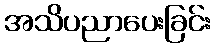
အသိပညာပေးခြင်း